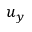
u _ { y }